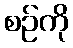
စဉ်ကို